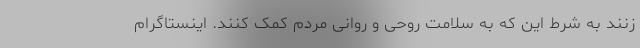
زنند به شرط این که به سلامت روحی و روانی مردم کمک کنند. اینستاگرام